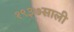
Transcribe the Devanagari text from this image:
१९३७साली